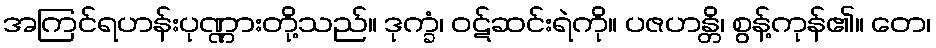
အကြင်ရဟန်းပုဏ္ဏားတို့သည်။ ဒုက္ခံ၊ ဝဋ်ဆင်းရဲကို။ ပဇဟန္တိ၊ စွန့်ကုန်၏။ တေ၊